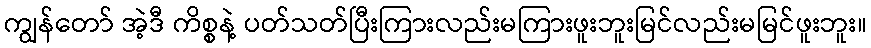
ကျွန်တော် အဲ့ဒီ ကိစ္စနဲ့ ပတ်သတ်ပြီးကြားလည်းမကြားဖူးဘူးမြင်လည်းမမြင်ဖူးဘူး။